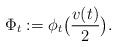
LaTeX: \begin{align*}\Phi_t:=\phi_t\big(\frac{v(t)}{2}\big).\end{align*}